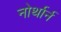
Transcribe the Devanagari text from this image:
नोर्थार्न